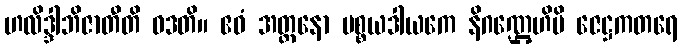
ဟလိဒ္ဒါဘိဇာတီတိ ဝဒတိ။ ဧဝံ အတ္တနော ပစ္စယဒါယကေ နိဂဏ္ဌေဟိပိ ဇေဋ္ဌကတရေ